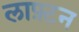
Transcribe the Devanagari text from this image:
लाफ़्टन